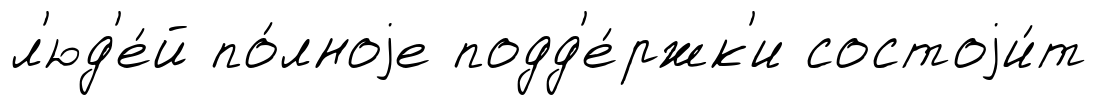
л'юд'е́й по́лноjе подд'е́ржк'и состоjи́т